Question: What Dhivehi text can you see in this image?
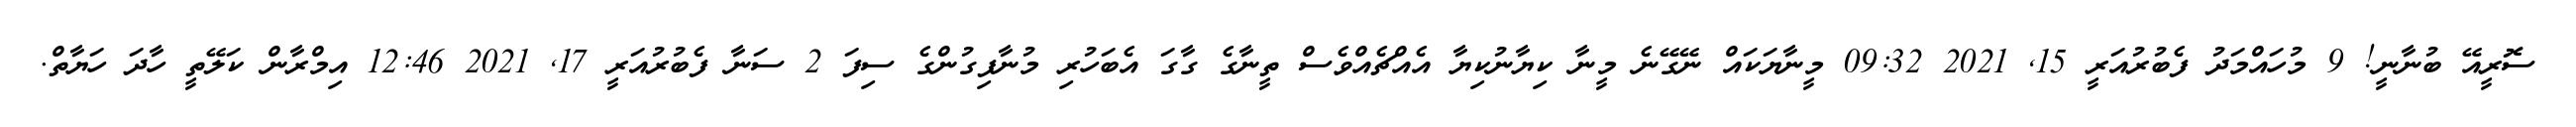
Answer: ސޮރީއޭ ބުނާނީ! 9 މުހައްމަދު ފެބުރުއަރީ 15, 2021 09:32 މީނާޔަކައް ނޭގޭނެ މީނާ ކިޔާނުކިޔާ އެއްޗެއްވެސް ތީނާގެ ގާގަ އެބަހުރި މުނާފިގުންގެ ސިފަ 2 ސަނާ ފެބުރުއަރީ 17, 2021 12:46 އިމްރާން ކަލޭތީ ހާދަ ހަޔާތް.